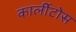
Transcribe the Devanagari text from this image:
कार्लीटोस